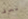
تعرف